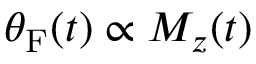
\theta _ { \mathrm { F } } ( t ) \propto M _ { z } ( t )